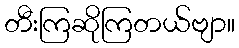
တီးကြဆိုကြတယ်ဗျာ။